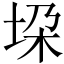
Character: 垜